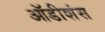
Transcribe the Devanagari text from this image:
ऑडीशंस